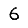
Digit: 6